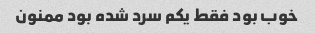
خوب بود فقط یکم سرد شده بود ممنون